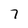
Character: 7